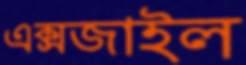
এক্সজাইল